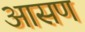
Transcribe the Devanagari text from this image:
आसण